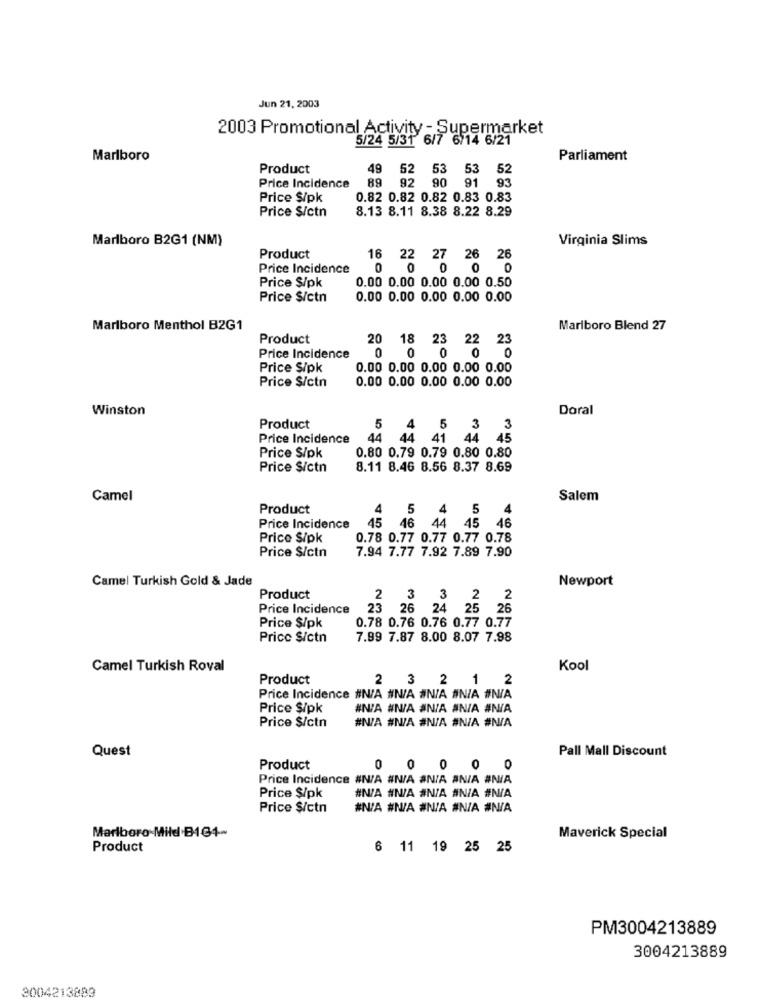
Jun 21, 2003
2003 Promotional Activity - Supermarket
5/24 5/31 6/7 6/14 6/21
Marlboro
Parliament
Product
49
52 53 53 52
89
92 90 91
Price Incidence
93
Price $/pk
0.82 0.82 0.82 0.83 0.83
Price S/ctn
8.13 8.11 8.38 8.22 8.29
Marlboro B2G1 (NM)
Virginia Slims
Product
16
22 27 26 26
Price Incidence
0
0 000
Price $/pk
0.00 0.00 0.00 0.00 0.50
Price $/ctn
0.00 0.00 0.00 0.00 0.00
Marlboro Menthol B2G1
Marlboro Blend 27
Product
20 18 23 22 23
0
Price Incidence
0 00 0
Price S/pk
0.00 0.00 0.00 0.00 0.00
Price S/ctn
0.00 0.00 0.00 0.00 0.00
Winston
Doral
Product
5
4
3 3
Price Incidence
44
44 41 44 45
Price S/pk
0.80 0.79 0.79 0.80 0.80
Price S/ctn
8.11 8.46 8.56 8.37 8.69
Camel
Salem
Product
4
5
4
5
4
Price Incidence
45 46
44
45 46
Price S/pk
0.78 0.77 0.77 0.77 0.78
Price S/ctn
7.94 7.77 7.92 7.89 7.90
Camel Turkish Gold & Jade
Newport
Product
2
3 3
2 2
Price Incidence
23 26 24 25 26
0.78 0.76 0.76 0.77 0.77
Price $/pk
Price S/ctn
7.99 7.87 8.00 8.07 7.98
Camel Turkish Roval
Kool
Product
2
3
2 1 2
Price Incidence #N/A NN/A #N/A #N/A #N/A
Price $/pk
#N/A #N/A #N/A AN/A #N/A
#N/A #N/A #N/A #N/A #N/A
Price $/ctn
Quest
Pall Mall Discount
Product
0
Price Incidence #N/A #N/A #N/A ANIA #N/A
Price $/pk
#N/A #N/A #N/A #N/A #N/A
Price $/ctn
#N/A #N/A #N/A #N/A #N/A
Marlboro Mild B164-
Maverick Special
Product
6 11 19 25 25
PM3004213889
3004213889
3004213889